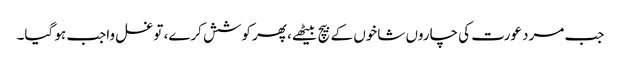
جب مرد عورت کی چاروں شاخوں کے بیچ بیٹھے، پھر کوشش کرے، تو غسل واجب ہو گیا۔